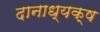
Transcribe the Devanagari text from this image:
दानाध्यक्ष